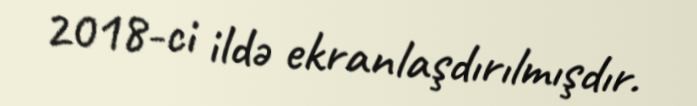
2018-ci ildə ekranlaşdırılmışdır.